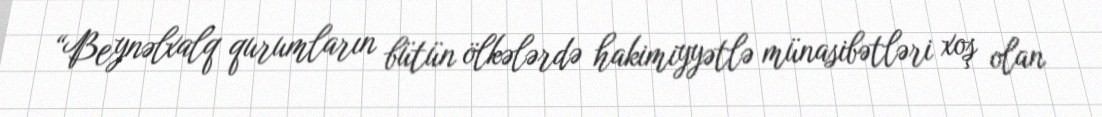
“Beynəlxalq qurumların bütün ölkələrdə hakimiyyətlə münasibətləri xoş olan